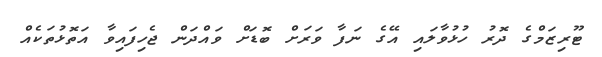
ޓޫރިޒަމްގެ ދޮރު ހުޅުވާލައި އޭގެ ނަފާ ވަރަށް ބޮޑަށް ވައްދަން ޖެހިފައިވާ އަތޮޅުތަކެއް